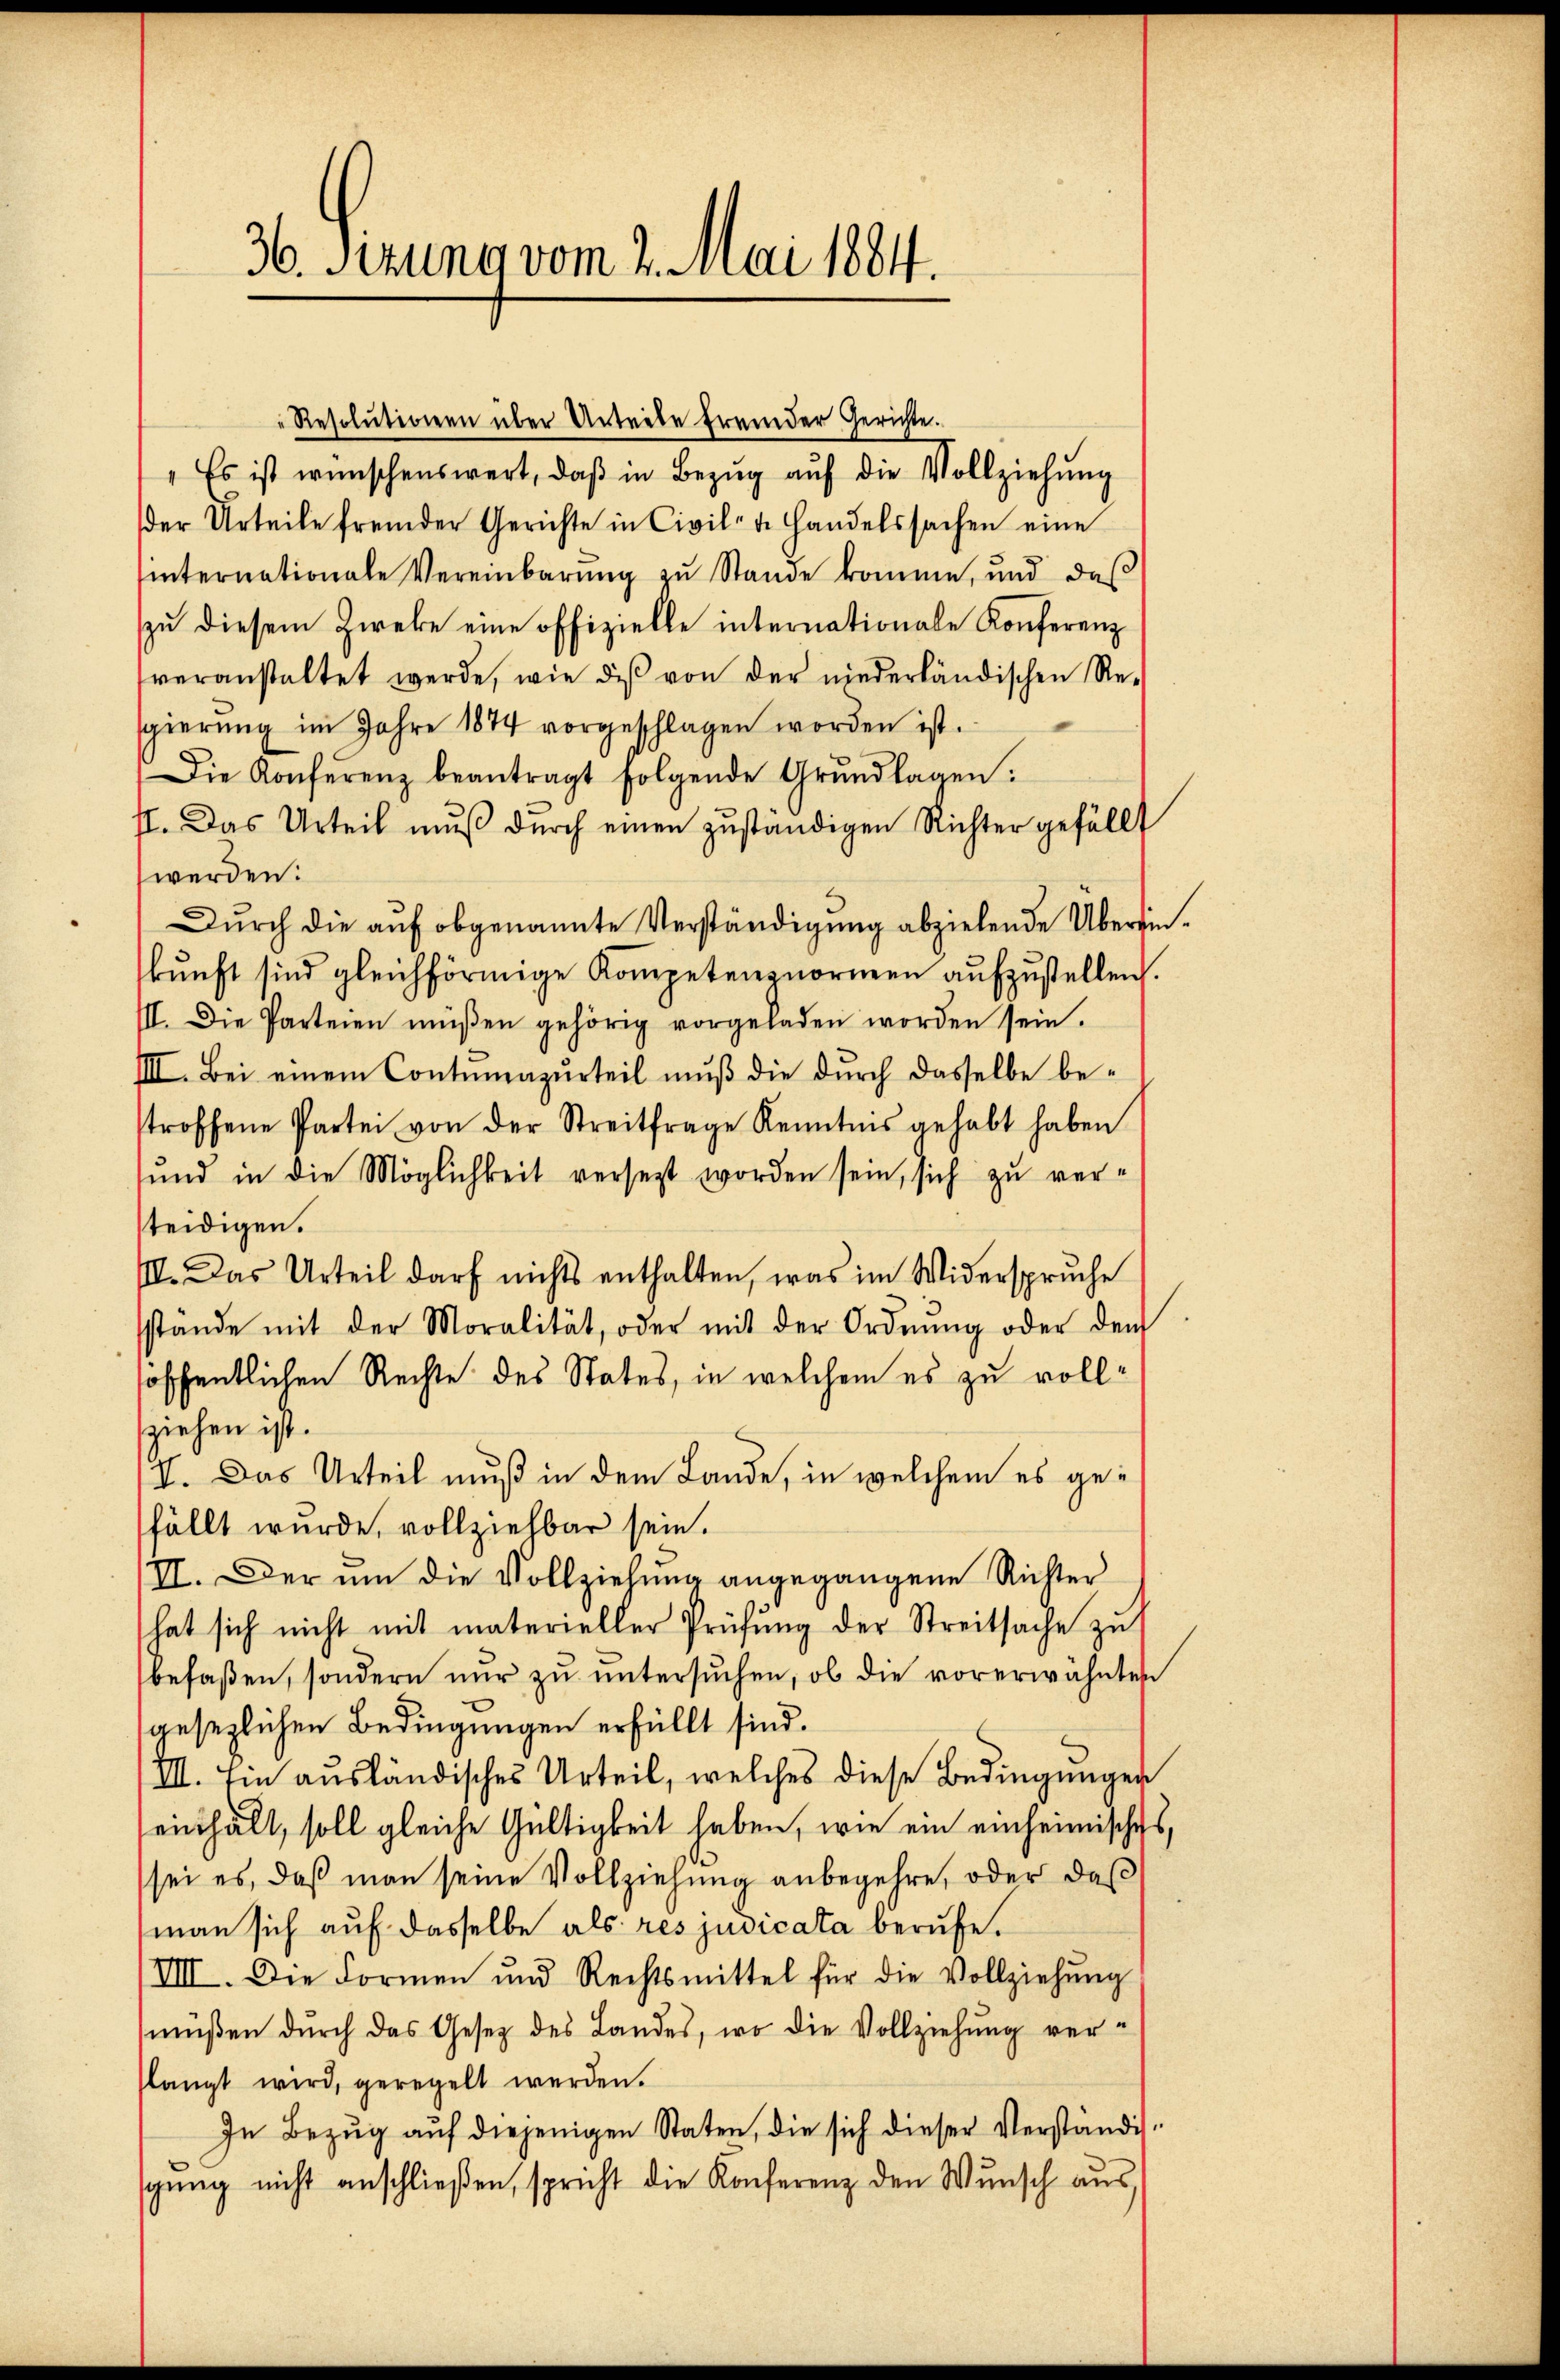
36. Ferung vom 2. Mai 1884.

"Resolutionen über Untrete fremder Gerichte.
" Es ist wünschenswert, daβ in Bezŭg aŭf die Vollziehŭng
der Urteile fremder Gerichte in Civil d. Handelssachen eine
internationale Vereinbarŭng zŭ Stande komme, und das
zu diesem Zweke eine offizielle internationale Konferenz
veranstaltet werde, wie dis von der niederländischen Re-
gierŭng im Jahre 1874 vorgeschlagen worden ist.
Die Konferenz beantragt folgende Grŭndlagen.
s. Das Urteil mŭβ dŭrch einen zŭständigen Richter gefällt
werden:
Durch die auf obgenannte Verständigung abzielende Übersinkŭnft sind gleichförmige Kompetenznornern aŭfzŭstellen.
III. Die Parteien müßen gehörig vorgeladen worden sein.
IIII. Bei einem Contŭmazŭrteil mŭβ die durch dasselbe be-
stroffene Partei von der Streitfrage Kenntnis gehabt haben
ŭnd in die Möglichkeit versetzt worden sein, sich zŭ ver-
teidigen.
II. Das Urteil darf nichts enthalten, was im Widerspruche
stande mit der Moralität, oder mit der Ordnŭng oder dem
soffentlichen Rechte des States, in welchem es zu vollziehen ist.
VI. Das Urteil muß in dem Lande, in welchem es gefällt wurde, vollziehbar sein.
II. Der um die Vollziehung angegangene Richter
hat sich nicht mit materieller Prüfung der Streitsache zu
befaßen, sondern nŭr zŭ ŭntersŭchen, ob die vorerwähnten
gesezlichen Bedingungen erfüllt sind.
III. Im ausländisches Urteil, welches diese Bedingungen
einhalt, soll gleiche Gültigkeit haben, wie ein einheimisches,
sei es, daß man seine Vollziehŭng anbegehre, oder das
man sich auf dasselbe als res judicata berufe.
VIII. Die Formen und Rechtsmittel für die Vollziehŭng
müßen dŭrch das Gesetz des Landes, wo die Vollziehung ver-
slangt wird, geregelt werden.
In Bezug auf diejenigen Staten, die sich dieser Verständisgŭng nicht anschließen, spricht die Konferenz den Wunsch aus-